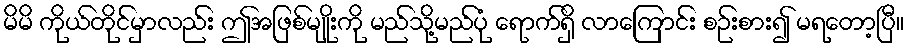
မိမိ ကိုယ်တိုင်မှာလည်း ဤအဖြစ်မျိုးကို မည်သို့မည်ပုံ ရောက်ရှိ လာကြောင်း စဉ်းစား၍ မရတော့ပြီ။